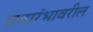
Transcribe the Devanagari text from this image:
समारंभावरील